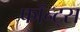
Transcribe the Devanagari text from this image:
फाँन्‍ट्‌स